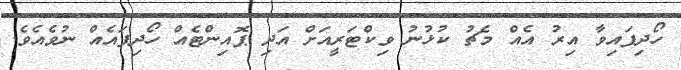
ހޯދިފައިވާ އިރު އެއް މެޗު ކުޅުނު ވިކްޓަރީއަށް އަދި ޕޮއިންޓެއް ހޯދިފައެއް ނުވެއެވެ.